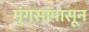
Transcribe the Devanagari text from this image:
मुंगसांपासून